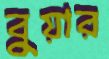
বুয়ার